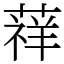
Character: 䔗